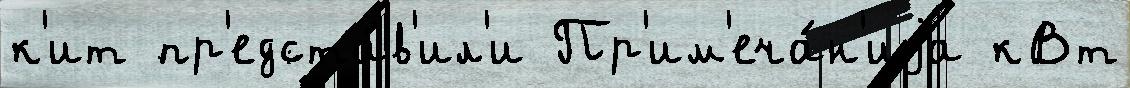
к'ит пр'едста́в'ил'и Пр'им'еча́н'иjа кВт